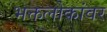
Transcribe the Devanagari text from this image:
भक्तलोकांवर